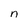
Character: n